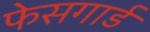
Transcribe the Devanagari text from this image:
फेसगार्ड